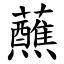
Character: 蘸